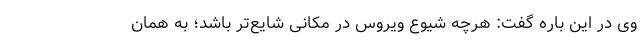
وی در این باره گفت: هرچه شیوع ویروس در مکانی شایع‌تر باشد؛ به همان